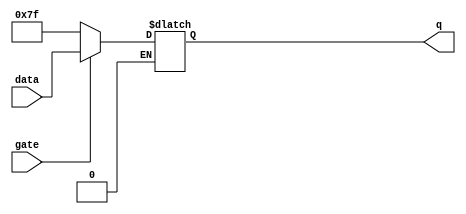
module lpm_gate(data,gate,q);
input[7:0]data;
input gate;
output reg[7:0] q;
reg[7:0] out;

always@(1) 
	begin
		if (gate==1)
		begin
			q<=data;
		end
		else if(gate==0)
		begin
			q<=8'b0111_1111;
		end
	end
	
endmodule